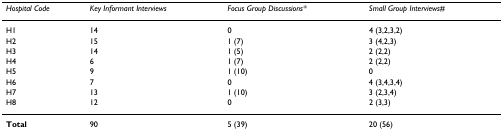
<table><thead><tr><td><b><i>Hospital Code</i></b></td><td><b><i>Key Informant Interviews</i></b></td><td><b><i>Focus Group Discussions*</i></b></td><td><b><i>Small Group Interviews#</i></b></td></tr></thead><tbody><tr><td>H1</td><td>14</td><td>0</td><td>4 (3,2,3,2)</td></tr><tr><td>H2</td><td>15</td><td>1 (7)</td><td>3 (4,2,3)</td></tr><tr><td>H3</td><td>14</td><td>1 (5)</td><td>2 (2,2)</td></tr><tr><td>H4</td><td>6</td><td>1 (7)</td><td>2 (2,2)</td></tr><tr><td>H5</td><td>9</td><td>1 (10)</td><td>0</td></tr><tr><td>H6</td><td>7</td><td>0</td><td>4 (3,4,3,4)</td></tr><tr><td>H7</td><td>13</td><td>1 (10)</td><td>3 (2,3,4)</td></tr><tr><td>H8</td><td>12</td><td>0</td><td>2 (3,3)</td></tr><tr><td><b>Total</b></td><td>90</td><td>5 (39)</td><td>20 (56)</td></tr></tbody></table>